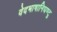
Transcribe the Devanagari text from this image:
वेदभाषानिघण्टु